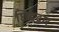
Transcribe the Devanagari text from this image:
छिद्रद्वार